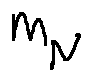
m _ { N }